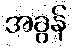
အခွန်